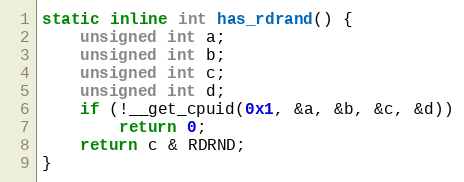
Language: C
static inline int has_rdrand() {
    unsigned int a;
    unsigned int b;
    unsigned int c;
    unsigned int d;
    if (!__get_cpuid(0x1, &a, &b, &c, &d))
        return 0;
    return c & RDRND;
}